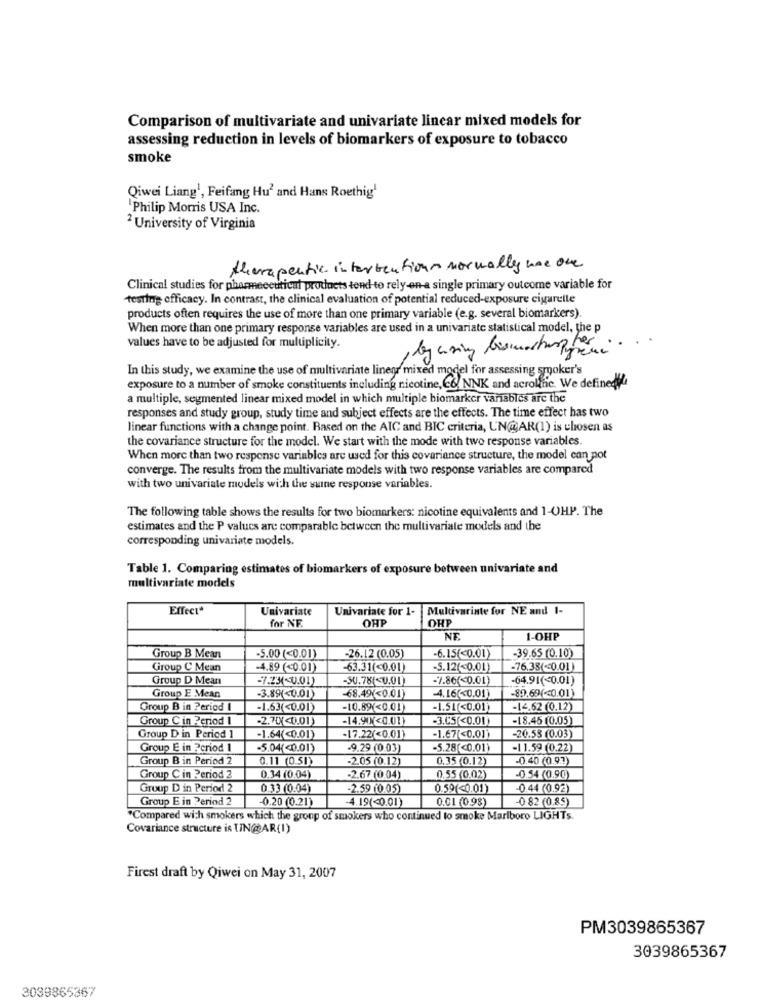
Comparison of multivariate and univariate linear mixed models for
assessing reduction in levels of biomarkers of exposure to tobacco
smoke
Qiwei Liang1, Feifang Hu2 and Hans Roethig'
'Philip Morris USA Inc.
2 University of Virginia
therapeutic interventions normally noe one
Clinical studies for pharmaceutical products tend to rely-on-a single primary outcome variable for
testing efficacy. In contrast, the clinical evaluation of potential reduced-exposure cigarelle
products often requires the use of more than one primary variable (e.g. several biomarkers).
When more than one primary response variables are used in a univariate statistical model, the p
values have to be adjusted for multiplicity.
,byusing bismarhuspter
..
In this study, we examine the use of multivariate lines mixed model for assessing smoker's
exposure to a number of smoke constituents including nicotine, C6. NNK and acrolfnic. We definedid
a multiple, segmented linear mixed model in which multiple biomarker vanables are the
responses and study group, study time and subject effects are the effects. The time effect has two
linear functions with a change point. Based on the AIC and BIC criteria, UN@AR(1) is chosen as
the covariance structure for the model. We start with the mode with two response variables.
When more than two response variables are used for this covariance structure, the model can pot
converge. The results from the multivariate models with two response variables are compared
with two univariate models with the sumne response variables.
The following table shows the results for two biomarkers: nicotine equivalents and 1-OHP. The
estimates and the P values are comparable between the multivariate models and the
corresponding univariate models.
Table 1. Comparing estimates of biomarkers of exposure between univariate and
multivariate models
Effect*
Univariate
Univariate for 1-
Multivariate for NE and 1-
for NF.
OHP
OHP
NE
1-OHP
-39.65 (0.10)
Group B Mean
-5.00 (<0.01)
-26.12 (0.05)
-6.15(<0.01)
Group C Mean
-4.89 (<0.01)
-63.31(<0.01)
-5.12(<0.01)
-76.38(<0.01)
Group D Mean
-7.25(<0.01)
-SU.78(<0.01)
-7.86(<0.01)
-64.91(<0.01)
-89.69(<0.01)
Group E Mean
-3.89(<0.01)
68.49(<0.01)
4.16(<0.01)
Group B in Period
-1.63(<0.01)
-10.89 <0.01)
-1.51(<0.01)
-14,62 (0.12)
Group Clin Period
-2.70(<0.01)
-14.90)<0.01)
-3.05(<0.00)
-18.45 (0.05
Group D in Period
-1.64(<0.01)
-17.22(<0.01)
-1.67(<0.01)
-20.55 (0.03)
Group E in Period 1
-5.04(<0.01)
-9.29 (0.03)
-5.28(<0.01)
-1 1.59 (0.22)
Group B in Period 2
0.11 (0.51)
-2.05 (0.12)
0.35 (0.12)
-0.40 (0.91)
Group Cin Period 2
0.34 (0.04)
-2.67 (0.04)
0.55 (0.02)
-0.54 (0,90)
Group D in Period 2
0.33 (0.04)
-2.59 (0.05)
0.59(<0.01)
0.44 (0.92)
Group E in Period 2
-0.20 (0.21)
4.19(<0.01)
0.01 (098)
-0 82 (0.85)
"Compared with smokers which the group of smokers who continued to smoke Marlboro LIGHTs
Covariance structure is UN@AR(1)
Firest draft by Qiwei on May 31, 2007
PM3039865367
3039865367
3039865367